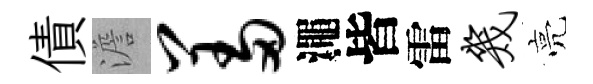
債澹羞澠皆雷几亮